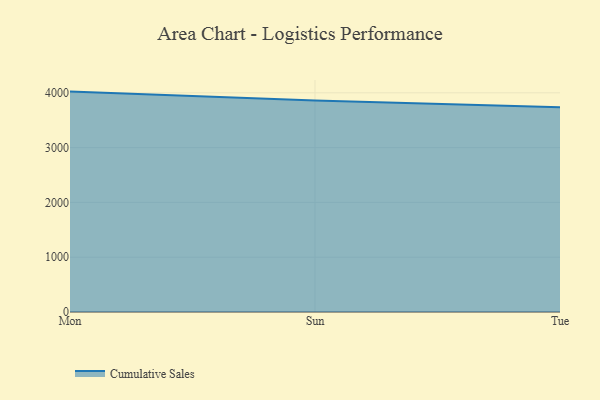
{"axis": {"x": "Day", "y": "LTV (USD)"}, "legend": ["Cumulative Sales"], "data": [{"x": "Mon", "y": 4022.5, "type": "Cumulative Sales"}, {"x": "Sun", "y": 3860.8, "type": "Cumulative Sales"}, {"x": "Tue", "y": 3737.5, "type": "Cumulative Sales"}]}